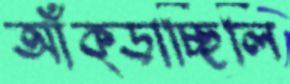
আঁক্‌ড়াচ্ছিলি